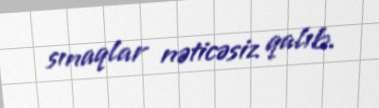
sınaqlar nəticəsiz qalıb.